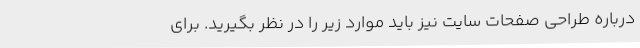
درباره طراحی صفحات سایت نیز باید موارد زیر را در نظر بگیرید. برای